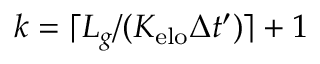
k = \lceil L _ { g } / ( K _ { \mathrm { e l o } } \Delta t ^ { \prime } ) \rceil + 1